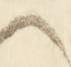
候